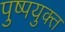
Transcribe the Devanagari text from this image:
पुष्पयुक्त